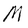
Character: M